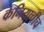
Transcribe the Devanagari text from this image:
केनियाचीच